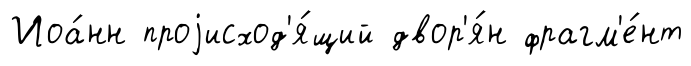
Иоа́нн проjисход'я́щий двор'я́н фрагм'е́нт